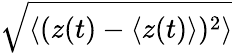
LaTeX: \sqrt{\langle(z(t)-\langle z(t)\rangle)^{2}\rangle}